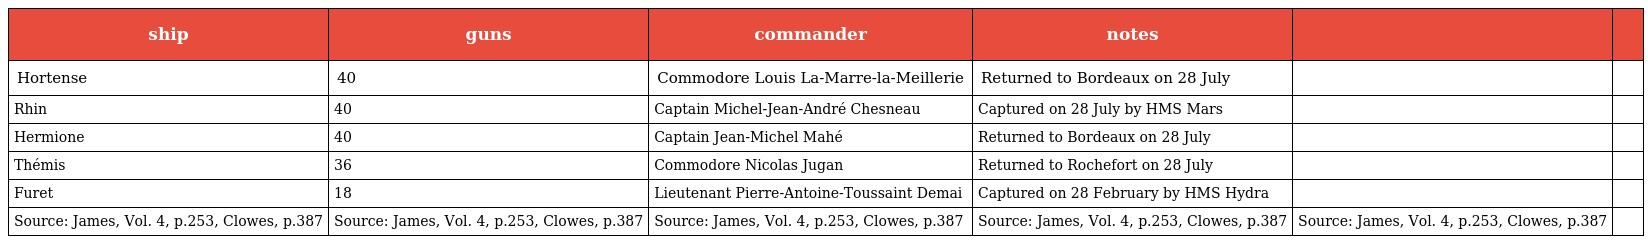
| ship | guns | commander | notes |  |  |
 | --- | --- | --- | --- | --- | --- |
 | Hortense | 40 | Commodore Louis La-Marre-la-Meillerie | Returned to Bordeaux on 28 July |  |  |
 | Rhin | 40 | Captain Michel-Jean-André Chesneau | Captured on 28 July by HMS Mars |  |  |
 | Hermione | 40 | Captain Jean-Michel Mahé | Returned to Bordeaux on 28 July |  |  |
 | Thémis | 36 | Commodore Nicolas Jugan | Returned to Rochefort on 28 July |  |  |
 | Furet | 18 | Lieutenant Pierre-Antoine-Toussaint Demai | Captured on 28 February by HMS Hydra |  |  |
 | Source: James, Vol. 4, p.253, Clowes, p.387 | Source: James, Vol. 4, p.253, Clowes, p.387 | Source: James, Vol. 4, p.253, Clowes, p.387 | Source: James, Vol. 4, p.253, Clowes, p.387 | Source: James, Vol. 4, p.253, Clowes, p.387 |  |